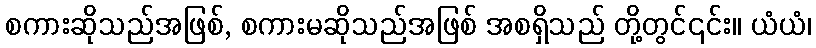
စကားဆိုသည်အဖြစ်, စကားမဆိုသည်အဖြစ် အစရှိသည် တို့တွင်၎င်း။ ယံယံ၊